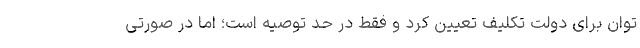
توان برای دولت تکلیف تعیین کرد و فقط در حد توصیه است؛ اما در صورتی